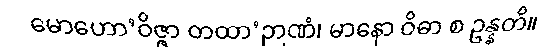
မောဟော’ဝိဇ္ဇာ တထာ’ဉာဏံ၊ မာနော ဝိဓာ စ ဥန္နတိ။